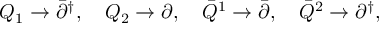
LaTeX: Q _ { 1 } \to \bar { \partial } ^ { \dagger } , \quad Q _ { 2 } \to \partial , \quad \bar { Q } ^ { 1 } \to \bar { \partial } , \quad \bar { Q } ^ { 2 } \to \partial ^ { \dagger } ,